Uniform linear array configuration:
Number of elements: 64
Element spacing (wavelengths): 0.75
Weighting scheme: hamming
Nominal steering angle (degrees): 0
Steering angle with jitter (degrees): -1.594
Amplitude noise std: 0.05
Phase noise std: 0.05

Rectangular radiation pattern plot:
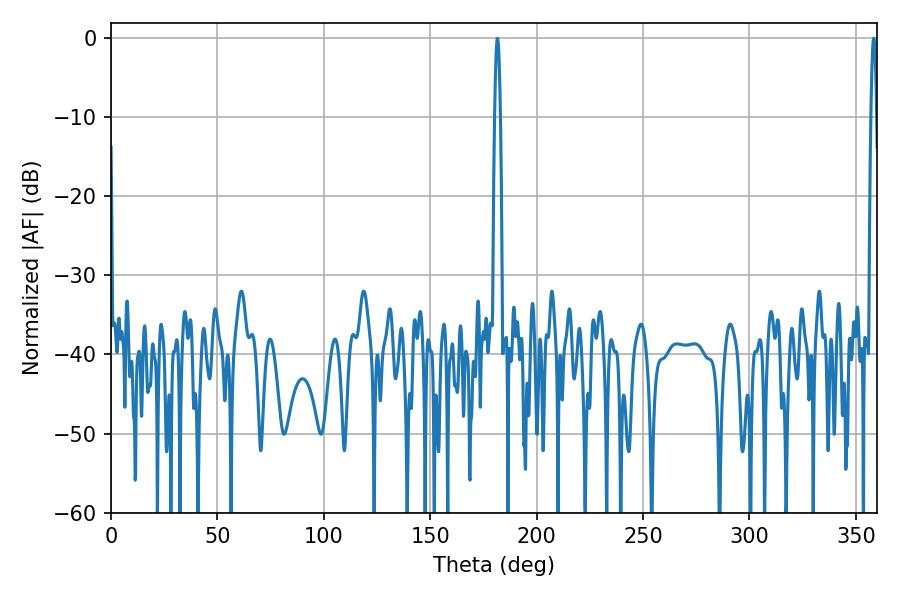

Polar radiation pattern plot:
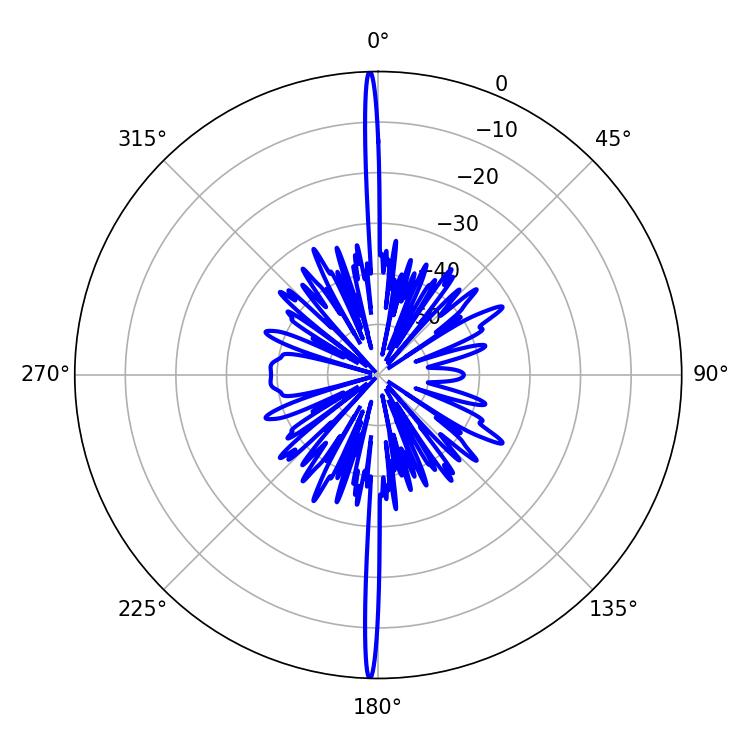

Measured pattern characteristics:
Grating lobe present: TRUE
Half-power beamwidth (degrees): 1.44
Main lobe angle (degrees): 181.62